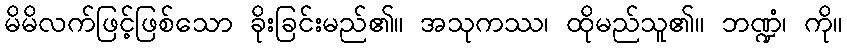
မိမိလက်ဖြင့်ဖြစ်သော ခိုးခြင်းမည်၏။ အသုကဿ၊ ထိုမည်သူ၏။ ဘဏ္ဍံ၊ ကို။